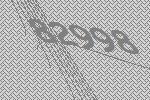
82998